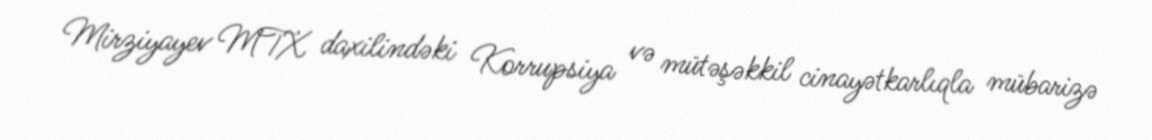
Mirziyayev MTX daxilindəki Korrupsiya və mütəşəkkil cinayətkarlıqla mübarizə